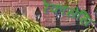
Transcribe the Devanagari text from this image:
रेकासेंसि